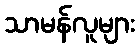
သာမန်လူများ